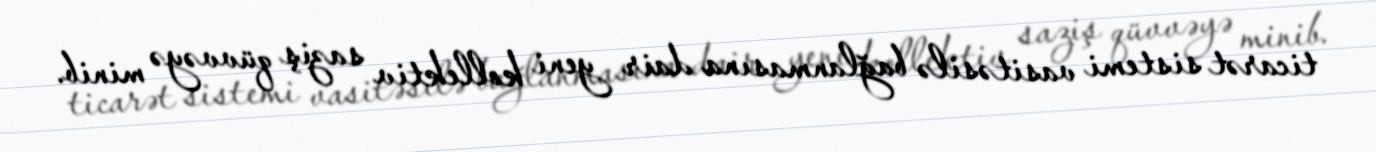
ticarət sistemi vasitəsilə bağlanmasına dair yeni kollektiv saziş qüvvəyə minib.